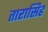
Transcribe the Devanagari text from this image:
तारासिह